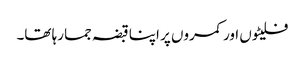
فلیٹوں اور کمروں پر اپنا قبضہ جما رہا تھا۔